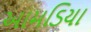
આમડિયા